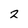
Character: 2